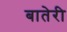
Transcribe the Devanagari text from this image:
बातेरी